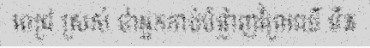
ពេជ្រ ស្រស់ ថាអ្នកកាប់បំផ្លាញព្រៃឈើ មិន